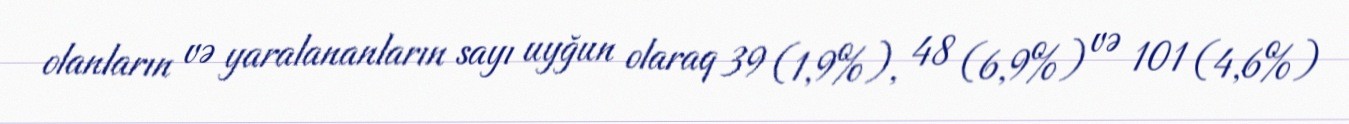
olanların və yaralananların sayı uyğun olaraq 39 (1,9%), 48 (6,9%) və 101 (4,6%)